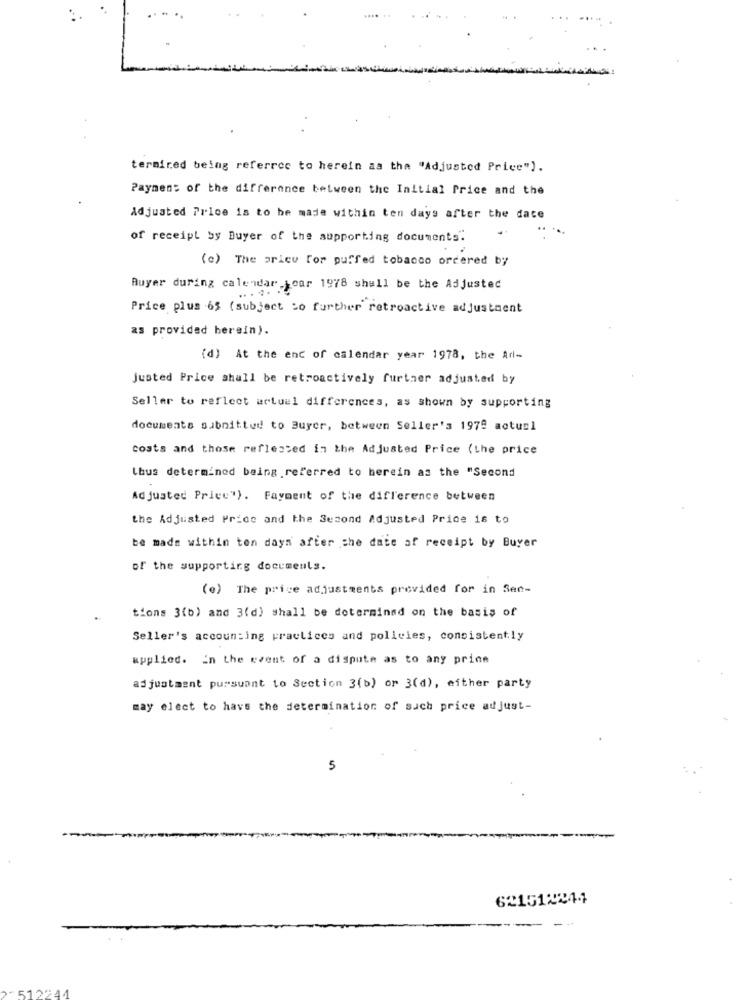
ternired being referrcc to herein as the "Adjusted Price").
Payment of the difference between the Initial Price and the
Adjusted Price is to be made within ten days after the date
of receipt by Buyer of the supporting documents.
(e) The price for puffed tobacco ordered by
Buyer during calendar year 1978 shall be the Adjusted
... ..
Price plus 65 (subject to further retroactive adjustment
as provided herein).
(d) At the end of calendar year 1978, the Ad-
justed Price shall be retroactively further adjusted by
Seller to reflect actual differences, as shown by supporting
documents submitted to Buyer, between Seller's 1979 actuel
costs and those reflected in the Adjusted Price (the price
Lhus determined being.referred to herein as the "Second
Adjusted Price"). Fayment of the difference between
the Adjusted Price and the Second Adjusted Price 16 to
be made within ton days after the date of receipt by Buyer
of the supporting documents.
(e) The price adjustments provided for in Sec-
tions 3(b) and 3(d) shall be doterminsd on the basis of
Seller's accounting practices and policies, consistently
applied. In the event of a dispute as to any prine
adjustment pursuant to Section 3(b) or 3(d), either party
may elect to have the determination of such price adjust-
5
621512244
"512244